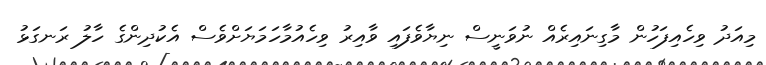
މިއަދު ވިހެއިފަހުން މާގިނައިރެއް ނުވަނީސް ނިޔާވެފައި ވާއިރު ވިހެއުމާހަމަޔަށްވެސް އެކުދިންގެ ހާލު ރަނގަޅު